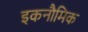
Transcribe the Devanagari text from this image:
इकनौमिक